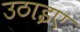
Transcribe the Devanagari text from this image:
उठाइए